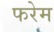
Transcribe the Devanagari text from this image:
फरेम